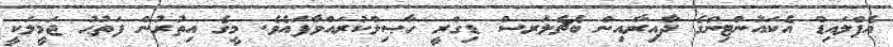
އެޕްލައިޑް އެކައުންޓިންގެ ދާއިރާއިން ބެޗެލަރސް ޑިގްރީ ހާޞިލްކުރައްވާފައެވެ. މީގެ އިތުރުން ފަތުޙު ޖަމީލަކީ